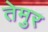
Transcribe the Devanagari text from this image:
तेमुर